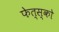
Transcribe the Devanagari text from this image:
फेत्स्को